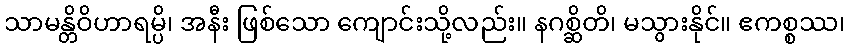
သာမန္တိဝိဟာရမ္ပိ၊ အနီး ဖြစ်သော ကျောင်းသို့လည်း။ နဂစ္ဆိတိ၊ မသွားနိုင်။ ဧကစ္စဿ၊